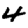
Digit: 4